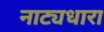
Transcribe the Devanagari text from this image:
नाट्यधारा